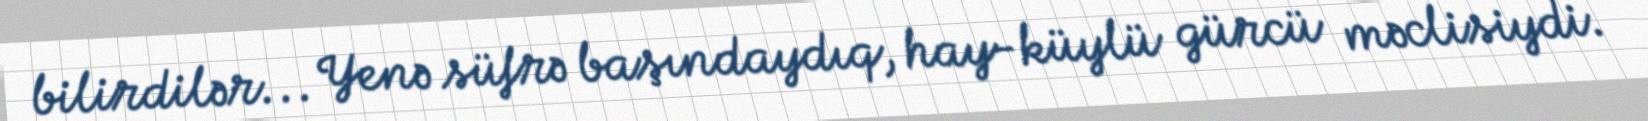
bilirdilər... Yenə süfrə başındaydıq, hay-küylü gürcü məclisiydi.